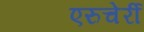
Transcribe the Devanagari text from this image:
एरुचेर्री